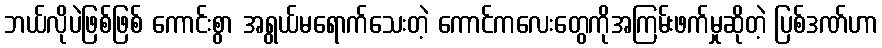
ဘယ်လိုပဲဖြစ်ဖြစ် ကောင်းစွာ အရွယ်မရောက်သေးတဲ့ ကောင်ကလေးတွေကိုအကြမ်းဖက်မှုဆိုတဲ့ ပြစ်ဒဏ်ဟာ